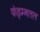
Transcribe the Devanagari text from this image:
फंड्म्नतल